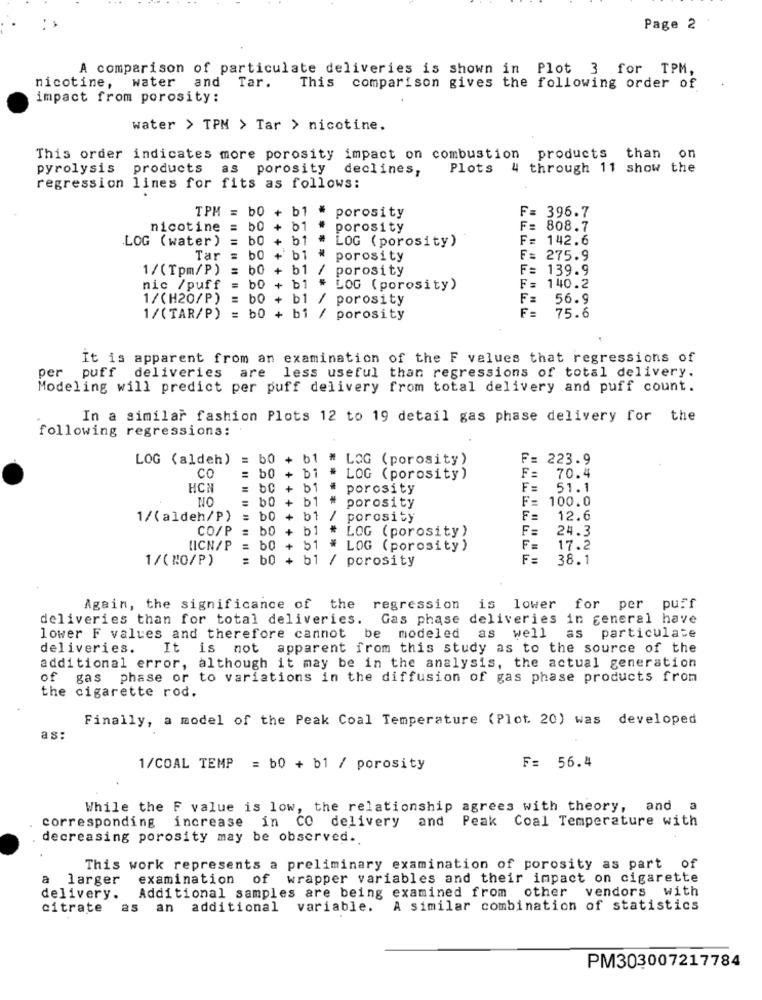
Page 2
A comparison of particulate deliveries is shown in Plot 3 for TPM,
water
and
nicotine,
Tar.
This comparison gives the following order of
impact from porosity:
water > TPM > Tar > nicotine.
This order indicates more porosity impact on combustion products than on
pyrolysis products
as porosity
declines,
Plots 4 through 11 show the
regression lines for fits as follows:
TPM = b0 + b1 #
porosity
F =
396.7
nicotine
50 + b1
porosity
F= 808.7
.LOG ( water)
b0 + b1 #
F= 142.6
LOG ( porosity)
Tar
60 + b1 *
porosity
F= 275.9
1/(Tpm/P)
= 50 + b1 /
porosity
F= 139.9
nic /puff
b0 + b1 # LOG (porosity)
F= 140.2
1/(H20/P)
b0 + b1 / porosity
F= 56.9
1/(TAR/P) =
b0 + bi / porosity
F= 75.6
It is apparent from an examination of the F values that regressions of
per puff deliveries are less useful than regressions of total delivery.
Modeling will predict per puff delivery from total delivery and puff count.
In a similar fashion Plots 12 to 19 detail gas phase delivery for the
following regressions:
LOG (aldeh)
:60 + b1 # LOG (porosity)
F= 223.9
CO
= 60 + bi
# LOG (porosity)
F =
70.4
HCI
00 + b1 * porosity
F=
51.1
NO
F= 100.0
= 60 + b1 #
porosity
1/(aldeh/P)
= b0 + bt / porosity
12.6
CO/P
= b0 + b1 * LOG (porosity)
F=
24.3
WICN/P = 60 + 51 * LOG (porosity)
17.2
1/( NO/P)
= b0
+ b1 / porosity
F=
38.1
Again, the significance of the regression is lower for per puff
deliveries than for total deliveries. Gas phase deliveries in general have
as well
as particulate
lower F values and therefore cannot be modeled
deliveries.
It is not apparent from this study as to the source of the
additional error, although it may be in the analysis, the actual generation
of
gas phase or to variations in the diffusion of gas phase products from
the cigarette rod.
Finally, a model of the Peak Coal Temperature (Plot. 20) was developed
as:
F= 56.4
1/COAL TEMP = b0 + b1 / porosity
While the F value is low, the relationship agrees with theory, and
a
corresponding increase in CO delivery and
Peak Coal Temperature with
decreasing porosity may be observed.
This work represents a preliminary examination of porosity as part of
a larger
examination of wrapper variables and their impact on cigarette
Additional samples are being examined from other vendors with
delivery.
citrate
as an additional variable.
A similar combination of statistics
PM303007217784